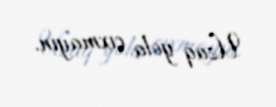
Uzaq yola çıxmayın.